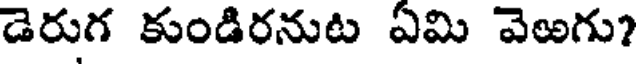
డెరుగ కుండిరనుట ఏమి వెఱగు?